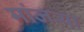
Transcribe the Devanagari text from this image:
मांजऱ्या